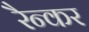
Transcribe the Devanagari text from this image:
रैन्कर